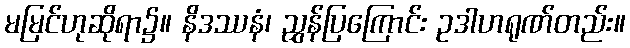
မမြင်ဟုဆိုရာ၌။ နိဒဿနံ၊ ညွှန်ပြကြောင်း ဥဒါဟရုဏ်တည်း။